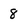
Character: 8